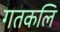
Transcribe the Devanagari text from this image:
गतकलि